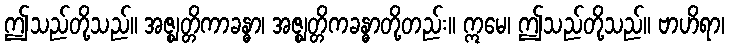
ဤသည်တို့သည်။ အဇ္ဈတ္တိကာခန္ဓာ၊ အဇ္ဈတ္တိကခန္ဓာတို့တည်း။ ဣမေ၊ ဤသည်တို့သည်။ ဗာဟိရာ၊